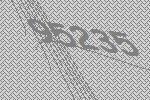
95235